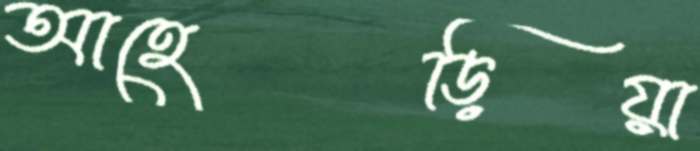
আহেড়িয়া